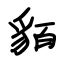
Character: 貊